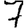
Digit: 7